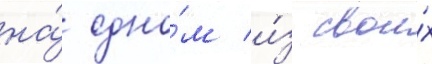
на́ одно́м и́з свои́х